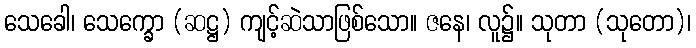
သေခေါ၊ သေက္ခော (ဆဋ္ဌ) ကျင့်ဆဲသာဖြစ်သော။ ဇနေ၊ လူ၌။ သုတာ (သုတော)၊